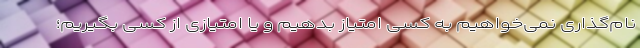
نام‌گذاری نمی‌خواهیم به کسی امتیاز بدهیم و یا امتیازی از کسی بگیریم؛